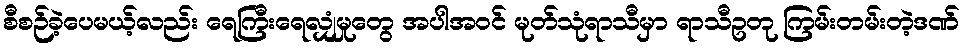
စီစဉ်ခဲ့ပေမယ့်လည်း ရေကြီးရေလျှံမှုတွေ အပါအဝင် မုတ်သုံရာသီမှာ ရာသီဥတု ကြမ်းတမ်းတဲ့ဒဏ်